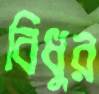
বিধুর